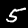
Label: 5